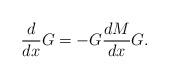
LaTeX: \begin{align*} \frac{d}{dx} G = -G\frac{dM}{dx}G. \end{align*}